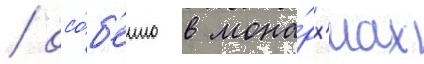
/ осо́б'енно в мона́рх'иах